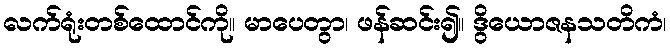
လက်ရုံးတစ်ထောင်ကို။ မာပေတွာ၊ ဖန်ဆင်း၍။ ဒွိယောဇနသတိကံ၊